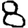
Digit: 8